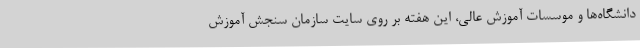
دانشگاه‌ها و موسسات آموزش عالی، این هفته بر روی سایت سازمان سنجش آموزش